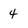
Character: 4